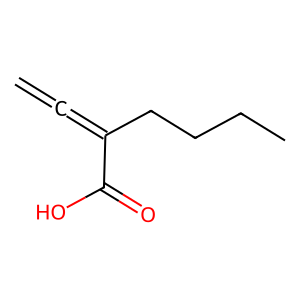
SMILES: C=C=C(CCCC)C(=O)O
Inhibits HIV replication: Yes